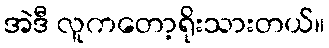
အဲဒီ လူကတော့ရိုးသားတယ်။